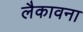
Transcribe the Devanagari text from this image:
लैकावना